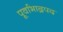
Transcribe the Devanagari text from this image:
पूर्वाभाद्रपद